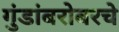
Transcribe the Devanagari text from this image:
गुंडांबरोबरचे